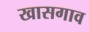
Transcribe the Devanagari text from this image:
खासगाव